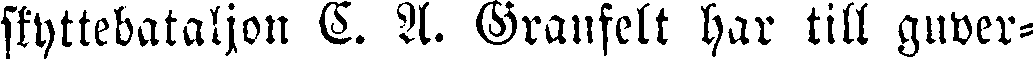
skyttebataljon C. A. Granfelt har till guber-